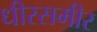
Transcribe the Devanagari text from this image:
धीरसमीर